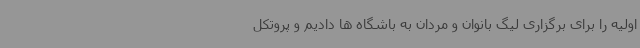
اولیه را برای برگزاری لیگ بانوان و مردان به باشگاه ها دادیم و پروتکل